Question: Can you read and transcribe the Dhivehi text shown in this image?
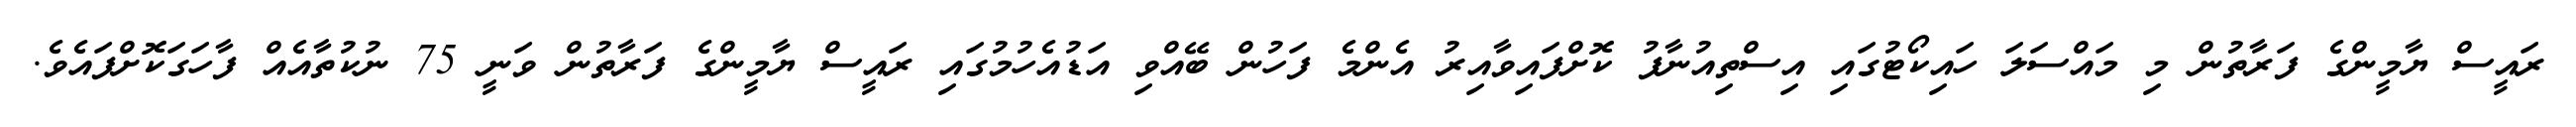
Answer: ރައީސް ޔާމީންގެ ފަރާތުން މި މައްސަލަ ހައިކޯޓުގައި އިސްތިއުނާފު ކޮށްފައިވާއިރު އެންމެ ފަހުން ބޭއްވި އަޑުއެހުމުގައި ރައީސް ޔާމީންގެ ފަރާތުން ވަނީ 75 ނުކުތާއެއް ފާހަގަކޮށްފައެވެ.